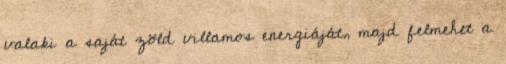
valaki a saját zöld villamos energiáját, majd felmehet a